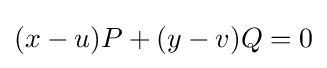
(x-u)P+(y-v)Q=0